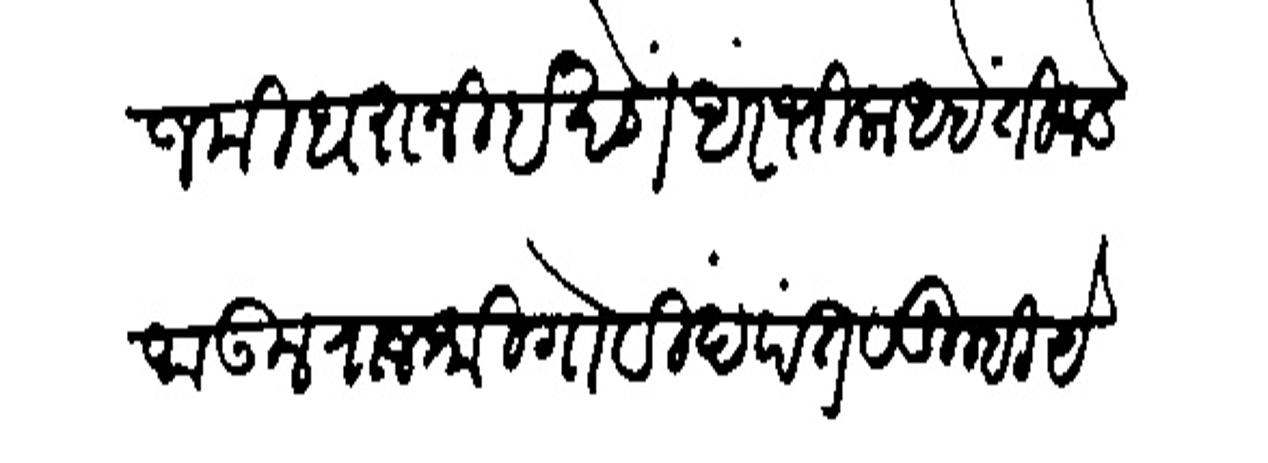
Transliteration (Devanagari): जमीदारानी बखेंडा अरंभिला आहे तिकडे जाऊन राजश्री गोविदरपंत व तुम्ही येकत्र